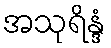
အသုရိန္ဒံ